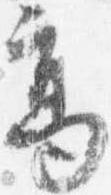
高